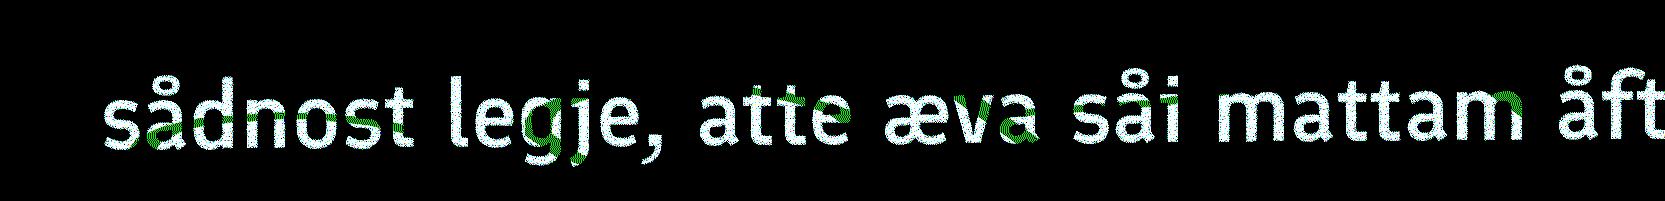
sådnost legje, atte æva såi mattam åft